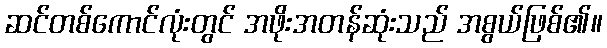
ဆင်တစ်ကောင်လုံးတွင် အဖိုးအတန်ဆုံးသည် အစွယ်ဖြစ်၏။